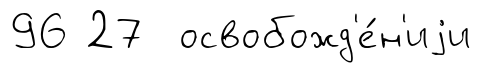
96 27 освобожд'е́н'иjи